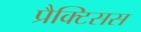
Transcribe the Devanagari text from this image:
प्रैक्टिसस